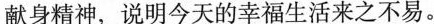
献身精神，说明今天的幸福生活来之不易。